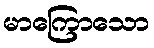
မာကြောသော